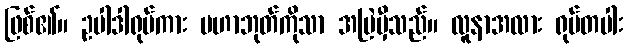
ဖြစ်၏။ ဥပါဒါရုပ်ကား မဟာဘုတ်ကိုသာ အမြဲမှီသည်။ လူနာအလား ရုပ်တပါး